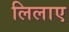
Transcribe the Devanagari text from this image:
लिलाए